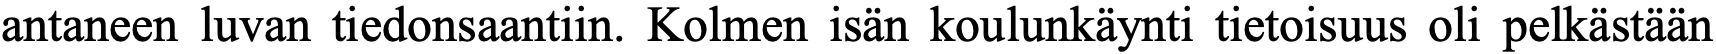
antaneen luvan tiedonsaantiin. Kolmen isän koulunkäynti tietoisuus oli pelkästään